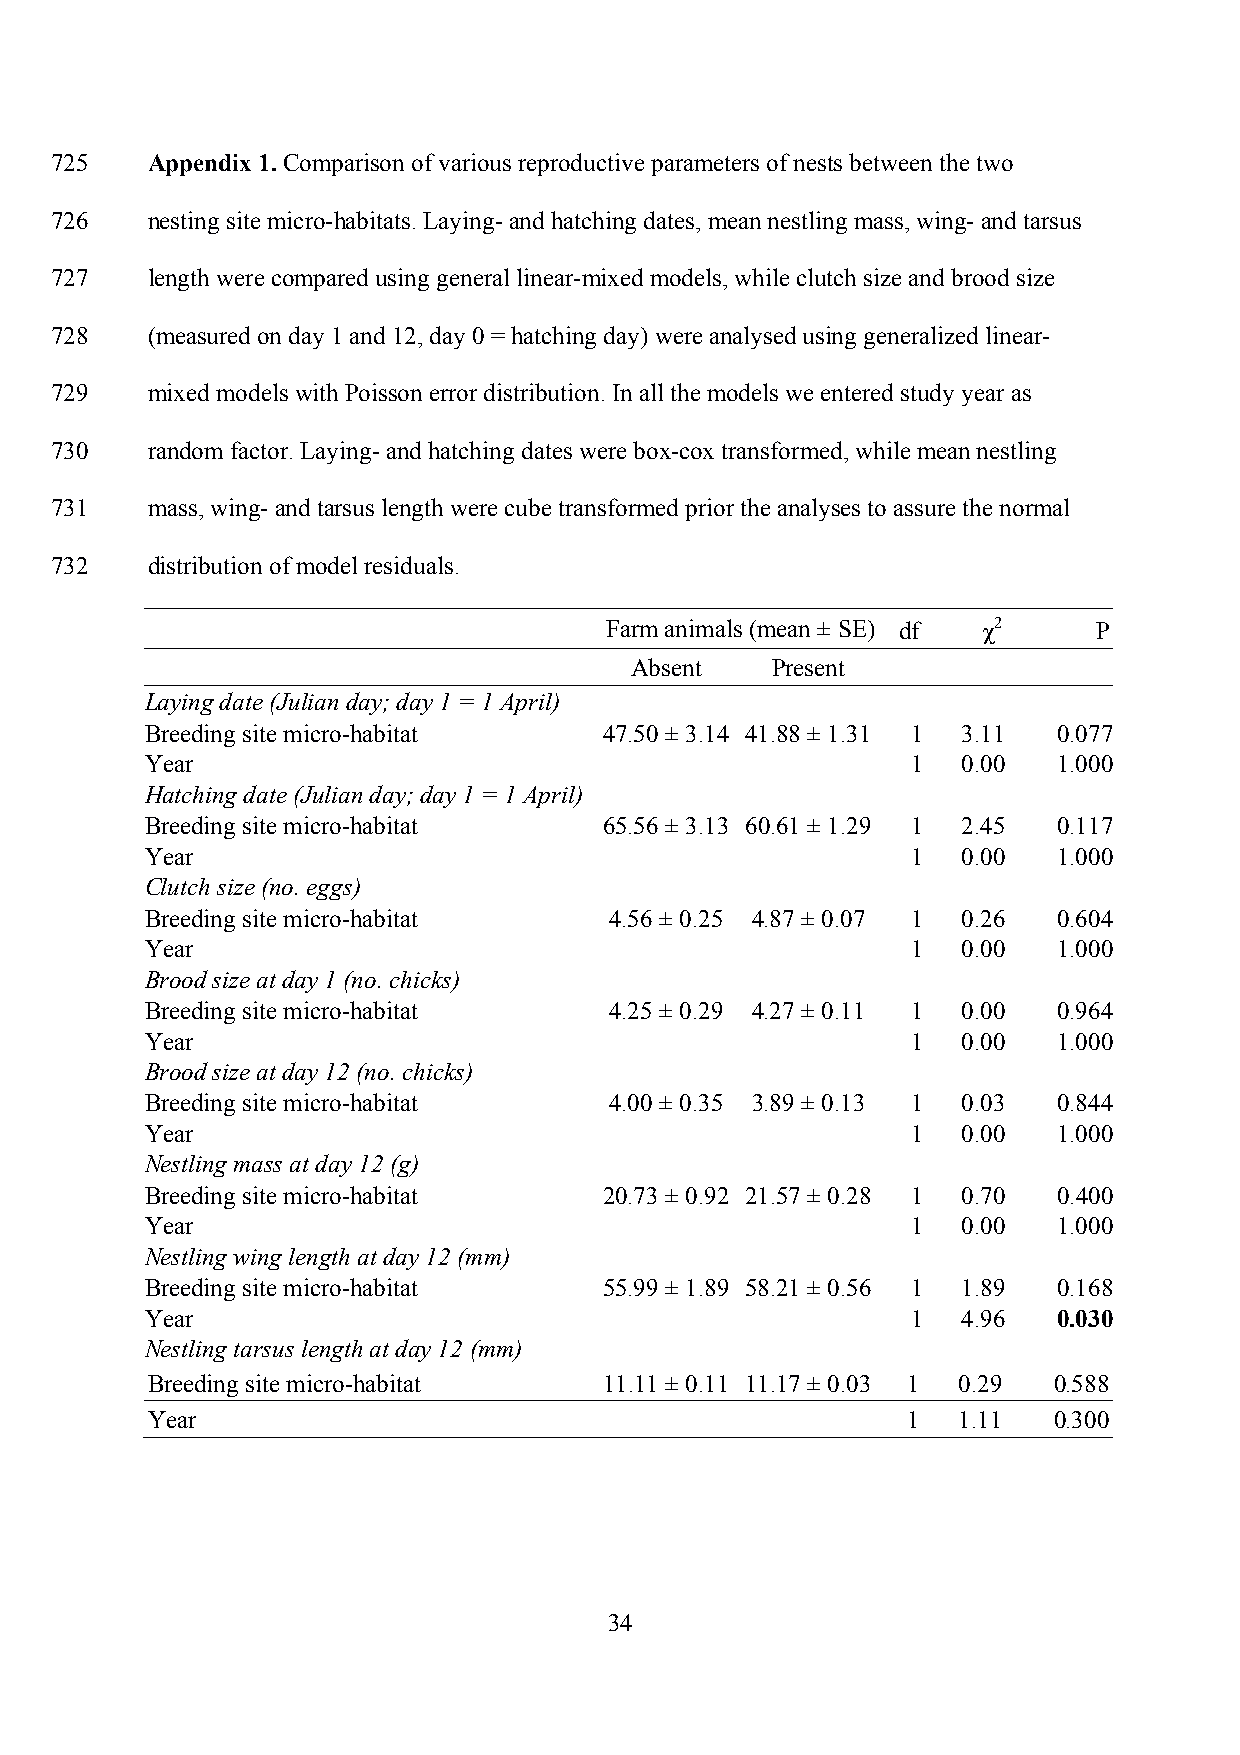
725    Appendix 1. Comparison of various reproductive parameters of nests between the two
 726    nesting site micro-habitats. Laying- and hatching dates, mean nestling mass, wing- and tarsus
 727    length were compared using general linear-mixed models, while clutch size and brood size
 728    (measured on day 1 and 12, day 0 = hatching day) were analysed using generalized linear-
 729    mixed models with Poisson error distribution. In all the models we entered study year as
 730    random factor. Laying- and hatching dates were box-cox transformed, while mean nestling
 731    mass, wing- and tarsus length were cube transformed prior the analyses to assure the normal
 732    distribution of model residuals.
 Farm animals (mean ± SE) df χ2   P
 Absent   Present
 Laying date (Julian day; day 1 = 1 April)
 Breeding site micro-habitat   47.50 ± 3.14 41.88 ± 1.31 1 3.11 0.077
 Year                                              1   0.00  1.000
 Hatching date (Julian day; day 1 = 1 April)
 Breeding site micro-habitat   65.56 ± 3.13 60.61 ± 1.29 1 2.45 0.117
 Year                                              1   0.00  1.000
 Clutch size (no. eggs)
 Breeding site micro-habitat   4.56 ± 0.25 4.87 ± 0.07 1 0.26 0.604
 Year                                              1   0.00  1.000
 Brood size at day 1 (no. chicks)
 Breeding site micro-habitat   4.25 ± 0.29 4.27 ± 0.11 1 0.00 0.964
 Year                                              1   0.00  1.000
 Brood size at day 12 (no. chicks)
 Breeding site micro-habitat   4.00 ± 0.35 3.89 ± 0.13 1 0.03 0.844
 Year                                              1   0.00  1.000
 Nestling mass at day 12 (g)
 Breeding site micro-habitat   20.73 ± 0.92 21.57 ± 0.28 1 0.70 0.400
 Year                                              1   0.00  1.000
 Nestling wing length at day 12 (mm)
 Breeding site micro-habitat   55.99 ± 1.89 58.21 ± 0.56 1 1.89 0.168
 Year                                              1   4.96  0.030
 Nestling tarsus length at day 12 (mm)
 Breeding site micro-habitat   11.11 ± 0.11 11.17 ± 0.03 1 0.29 0.588
 Year                                              1  1.11   0.300
 34